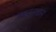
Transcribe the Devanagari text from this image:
सत्यधन